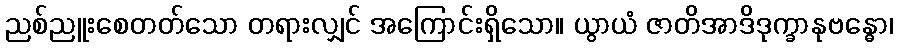
ညစ်ညူးစေတတ်သော တရားလျှင် အကြောင်းရှိသော။ ယွာယံ ဇာတိအာဒိဒုက္ခာနုဗန္ဓော၊